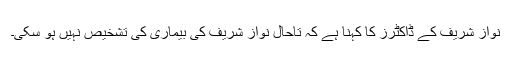
نواز شریف کے ڈاکٹرز کا کہنا ہے کہ تاحال نواز شریف کی بیماری کی تشخیص نہیں ہو سکی۔